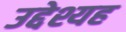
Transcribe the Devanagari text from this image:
उद्देश्यह